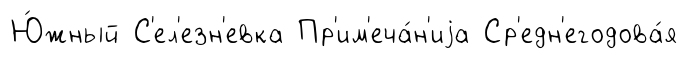
Ю́жный С'ел'езн'евка Пр'им'еча́н'иjа Ср'едн'егодова́я